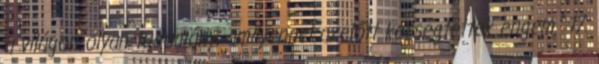
a világon olyan tudomány, amilyennel azelőtt kecsegtettek engem.” 17.